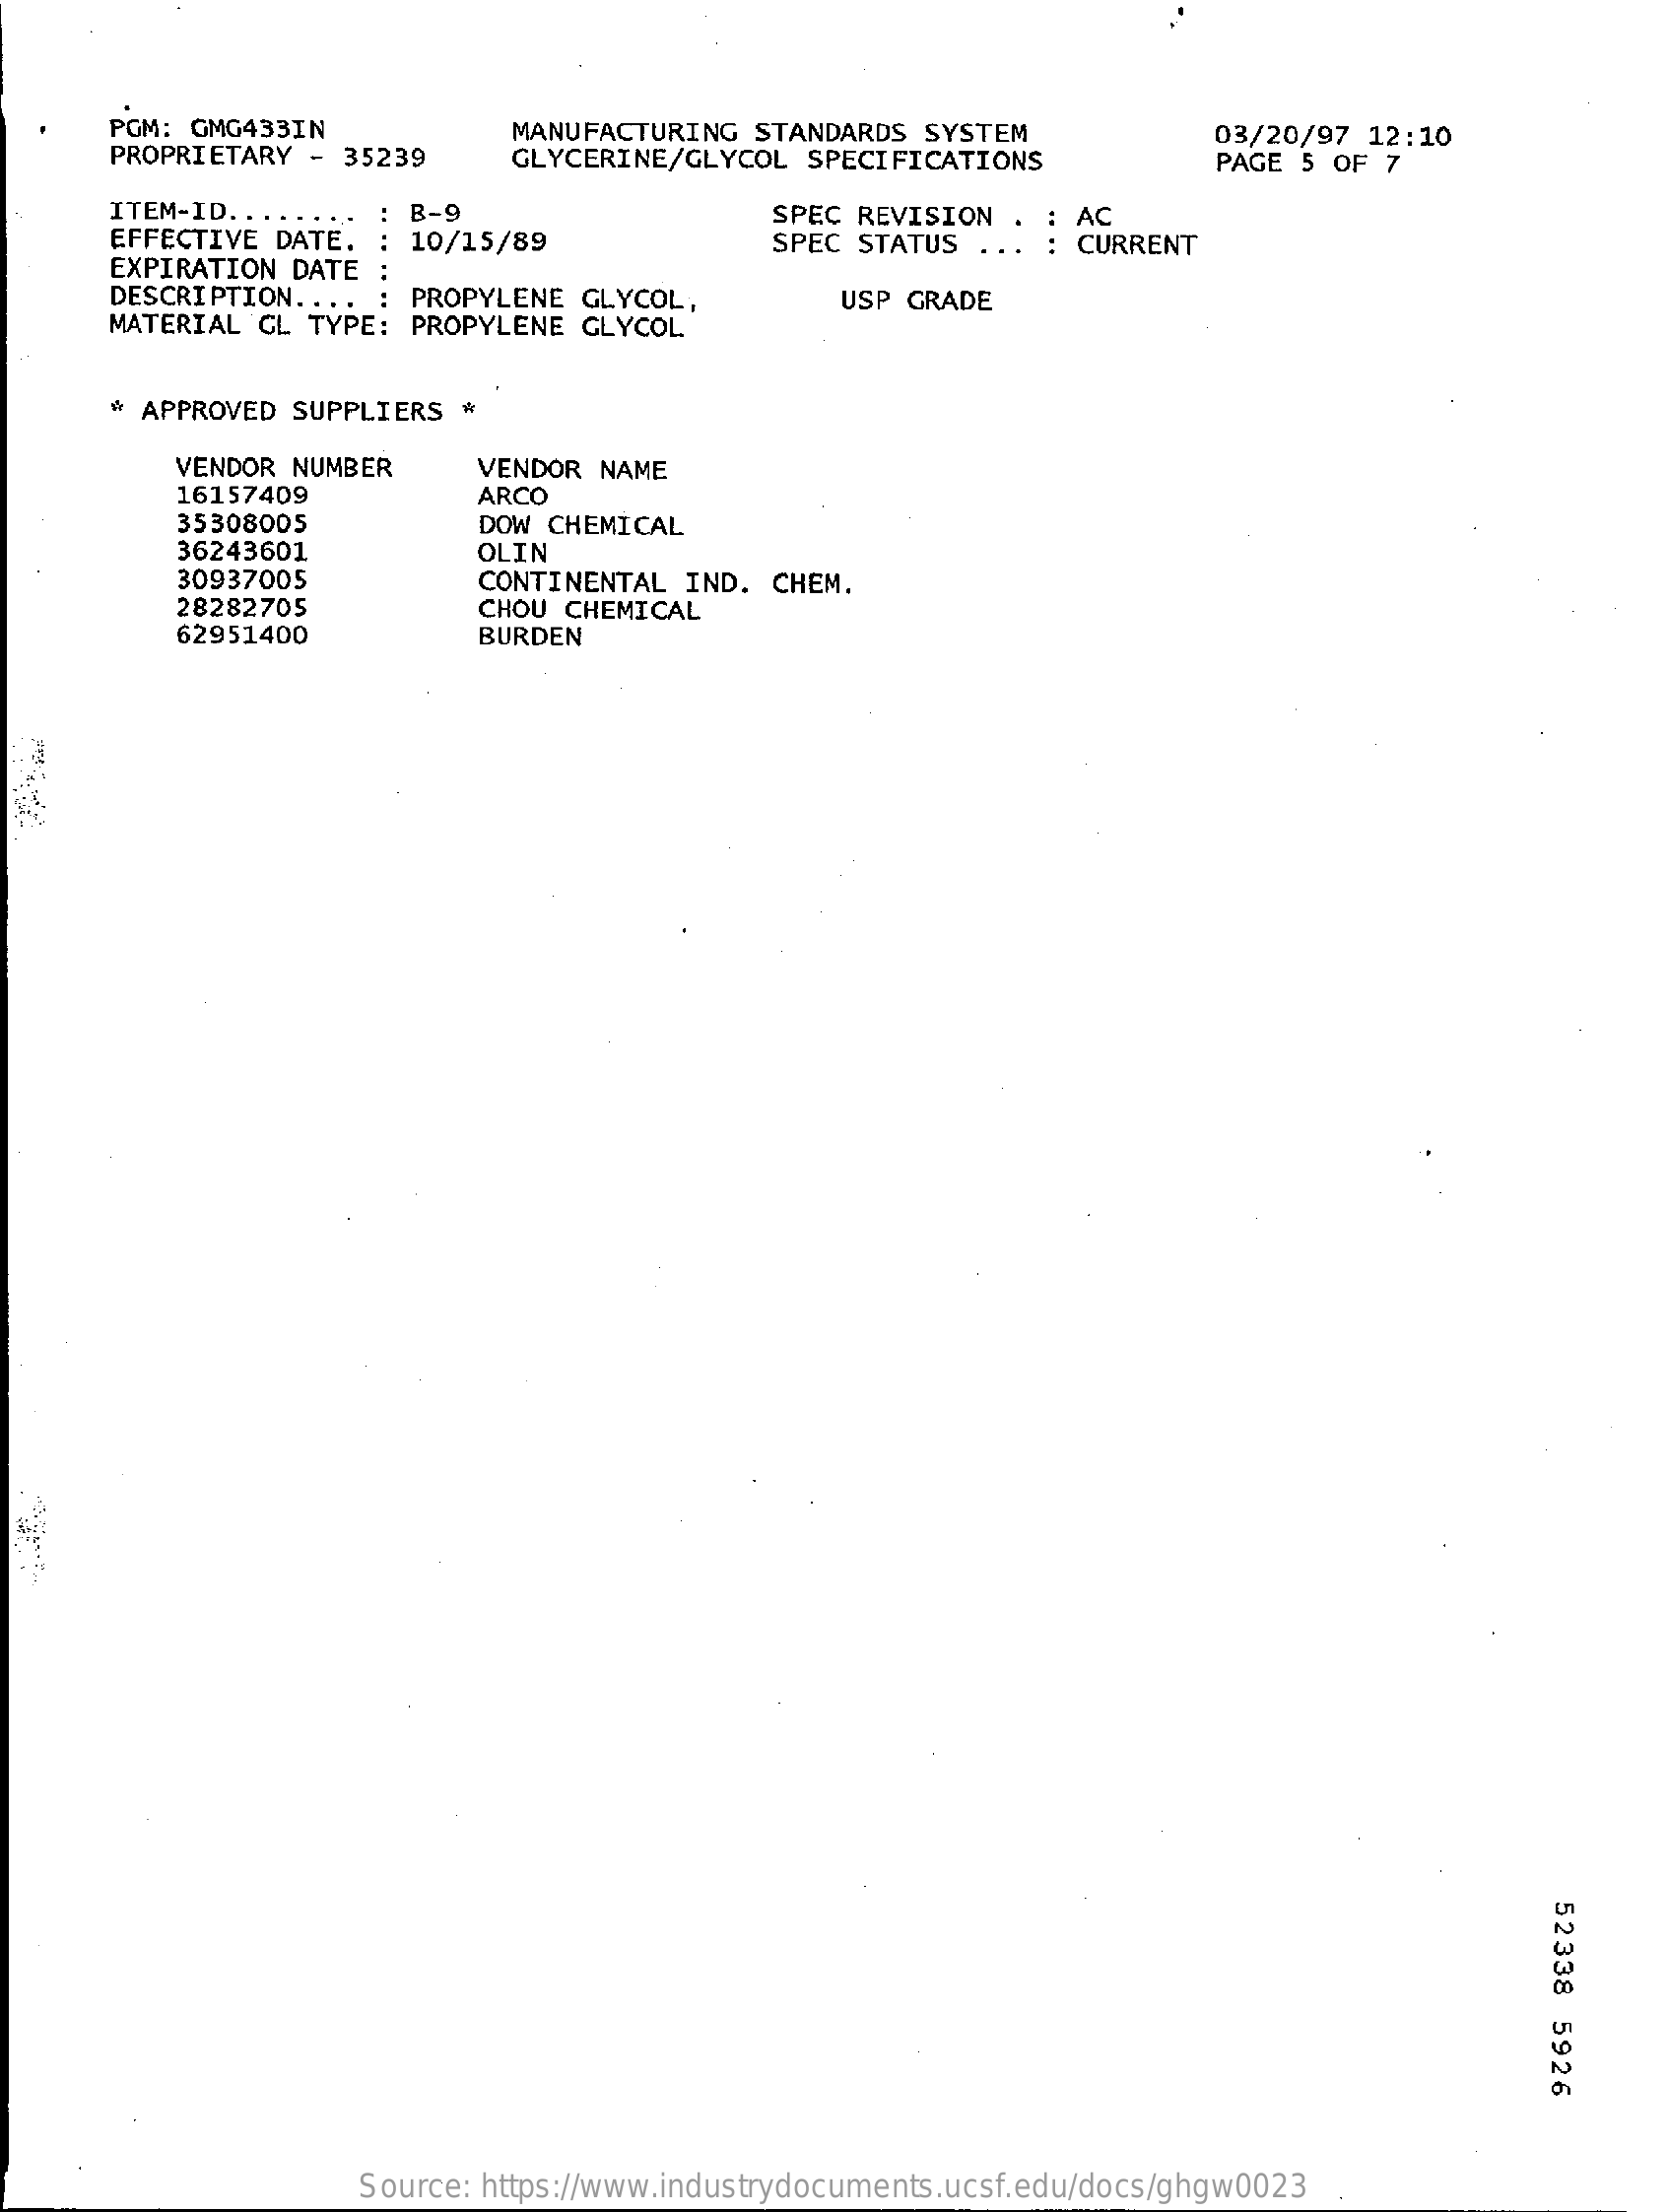
PGM: GMG433IN
     PROPRIETARY  - 35239
     MANUFACTURING  STANDARDS  SYSTEM
     GLYCERINE/GLYCOL  SPECIFICATIONS
     03/20/97 12:10
     PAGE 5 OF  7
     ITEM-ID .......
     EFFECTIVE DATE.
     : B-9    SPEC REVISION
     EXPIRATION DATE
     10/15/89
     AC
     SPEC  STATUS ...   CURRENT
     DESCRIPTION .... : PROPYLENE GLYCOL,
     MATERIAL GL TYPE:  PROPYLENE GLYCOL
     USP GRADE
     * APPROVED SUPPLIERS  @
     VENDOR NUMBER    VENDOR NAME
     16157409
     35308005
     ARCO
     36243601
     DOW CHEMICAL
     30937005
     OLIN
     28282705
     CONTINENTAL  IND. CHEM.
     62951400
     CHOU CHEMICAL
     BURDEN
     52338
     5926
     Source: https://www.industrydocuments.ucsf.edu/docs/ghgw0023